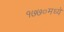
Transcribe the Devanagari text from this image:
१७७०मध्ये